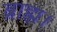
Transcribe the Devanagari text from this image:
ब्राह्म।